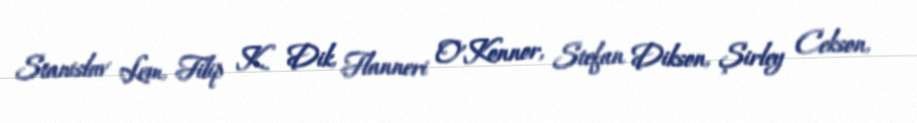
Stanislav Lem, Filip K. Dik, Flanneri O'Konnor, Stefan Dikson, Şirley Cekson,